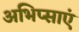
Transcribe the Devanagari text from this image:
अभिप्साएं